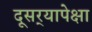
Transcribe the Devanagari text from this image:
दूसर्‍यापेक्षा